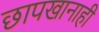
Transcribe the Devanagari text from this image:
छापखानाही